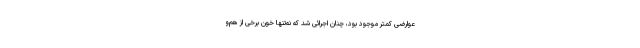
عوارضی کمتر موجود بود، چنان اجرائی شد که نه‌تنها خون برخی از هم‌و